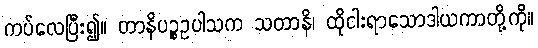
ကပ်လေပြီး၍။ တာနိပဉ္စဥပါသက သတာနိ၊ ထိုငါးရာသောဒါယကာတို့ကို။